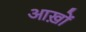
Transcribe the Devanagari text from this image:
आख़ों